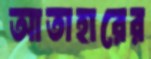
আতাহারের